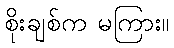
စိုးချစ်က မကြား။